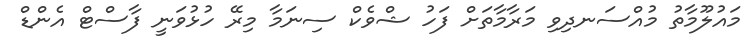
މައުލޫމާތު މުއްސަނދިވި މަރާމާތަށް ފަހު ޝްވެކް ސިނަމާ މިރޭ ހުޅުވަނީ ފާސްޓް އެންޑް